Scottish Leaving Certificate Examination, 1959
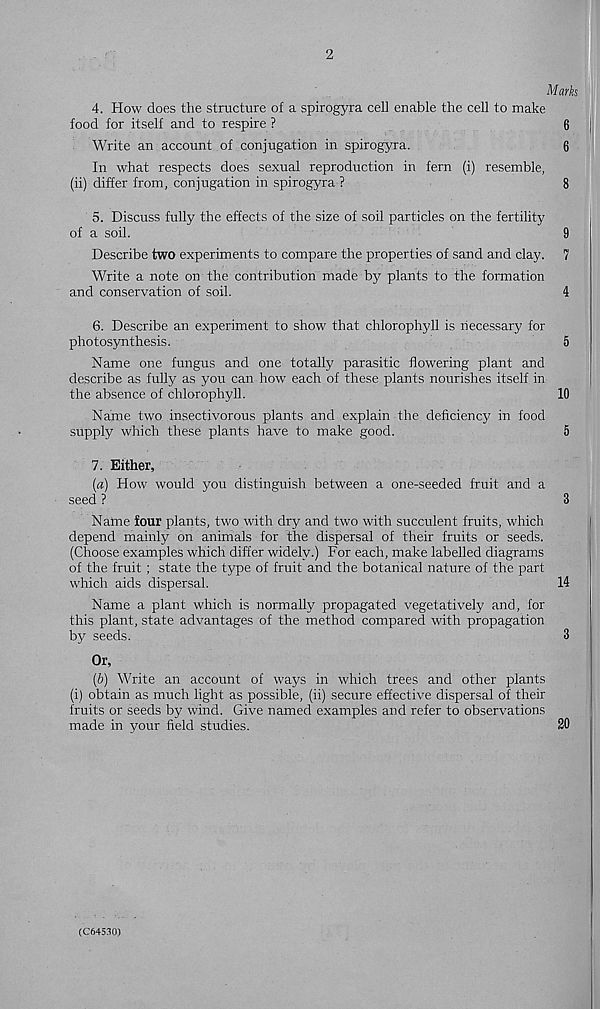
2
Marks
4. How does the structure of a spirogyra cell enable the cell to make
food for itself and to respire ?
6
Write an account of conjugation in spirogyra.
6
In what respects does sexual reproduction in fern (i) resemble,
(ii) differ from, conjugation in spirogyra ?
8
5. Discuss fully the effects of the size of soil particles on the fertility
of a Soil.
9
Describe two experiments to compare the properties of sand and clay. 7
Write a note on the contribution made by plants to the formation
and conservation of soil.
4
6. Describe an experiment to show that chlorophyll is necessary for
photosynthesis.
5
Name one fungus and one totally parasitic flowering plant and
describe as fully as you can how each of these plants nourishes itself in
the absence of chlorophyll.
10
Name two insectivorous plants and explain the deficiency in food
supply which these plants have to make good.
5
7. Either,
(a) How would you distinguish between a one-seeded fruit and a
seed ?
3
Name four plants, two with dry and two with succulent fruits, which
depend mainly on animals for the dispersal of their fruits or seeds.
(Choose examples which differ widely.) For each, make labelled diagrams
of the fruit ; state the type of fruit and the botanical nature of the part
which aids dispersal.
14
Name a plant which is normally propagated vegetatively and, for
this plant, state advantages of the method compared with propagation
by seeds.
3
Or,
(b) Write an account of ways in which trees and other plants
(i) obtain as much light as possible, (ii) secure effective dispersal of their
fruits or seeds by wind. Give named examples and refer to observations
made in your field studies.
20
(C64530)